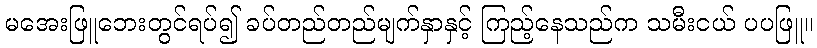
မအေးဖြူဘေးတွင်ရပ်၍ ခပ်တည်တည်မျက်နှာနှင့် ကြည့်နေသည်က သမီးငယ် ပပဖြူ။